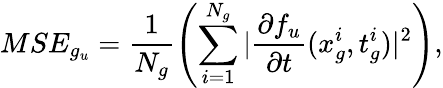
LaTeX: MSE_{g_{u}}=\frac{1}{N_{g}}\left(\sum_{i=1}^{N_{g}}|\frac{\partial f_{u}}{\partial t}(x_{g}^{i},t_{g}^{i})|^{2}\right),